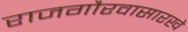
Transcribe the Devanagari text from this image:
राजगौरवासारखे